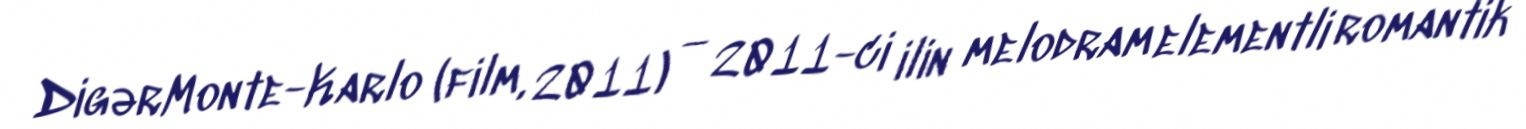
DigərMonte-Karlo (film, 2011) — 2011-ci ilin melodram elementli romantik